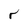
Character: r